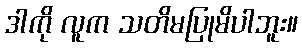
ဒါကို လူက သတိမပြုမိပါဘူး။